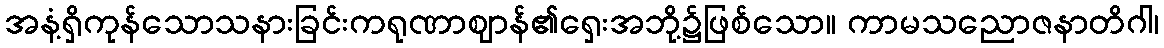
အနံ့ရှိကုန်သောသနားခြင်းကရုဏာဈာန်၏ရှေးအဘို့၌ဖြစ်သော။ ကာမသညောဇနာတိဂါ၊